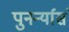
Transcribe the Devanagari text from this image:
पुनर्न्यासं